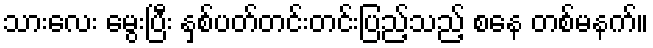
သားလေး မွေးပြီး နှစ်ပတ်တင်းတင်းပြည့်သည့် စနေ တစ်မနက်။